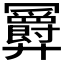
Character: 𪪹